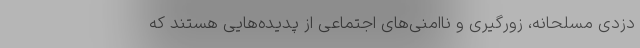
دزدی مسلحانه، زورگیری و ناامنی‌های اجتماعی از پدیده‌هایی هستند که